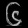
Digit: ၆